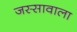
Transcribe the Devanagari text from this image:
जस्‍सावाला